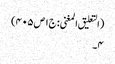
(التعلیق المغنی: ج۱ص۴۰۵)
۴۔